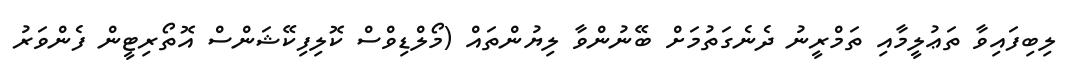
ލިބިފައިވާ ތަޢުލީމާއި ތަމްރީނު ދެނެގަތުމަށް ބޭނުންވާ ލިޔުންތައް (މޯލްޑިވްސް ކޮލިފިކޭޝަންސް އޮތޯރިޓީން ފެންވަރު